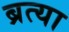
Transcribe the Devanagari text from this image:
ब्रत्या